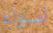
اسواء